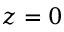
z = 0